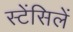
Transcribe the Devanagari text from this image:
स्टेंसिलें